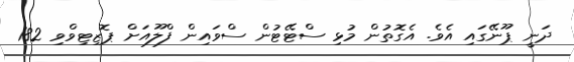
ދަނީ ޕޫނޭގައި އެވެ. އެގޮތުން މުޅި ސްޓޭޓުން ސްވައިން ފްލޫއަށް ޕޮޒިޓިވްވި 182